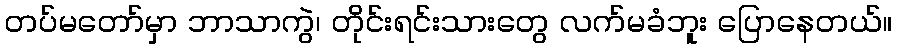
တပ်မတော်မှာ ဘာသာကွဲ၊ တိုင်းရင်းသားတွေ လက်မခံဘူး ပြောနေတယ်။